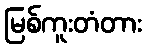
မြစ်ကူးတံတား